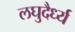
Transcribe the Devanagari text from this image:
लघुदैर्ध्य